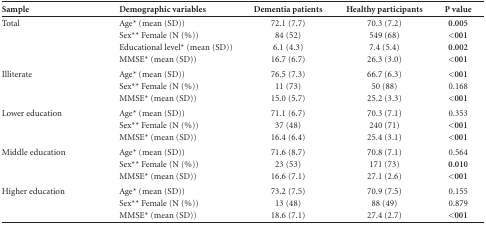
<table><thead><tr><td><b>Sample</b></td><td><b>Demographic variables</b></td><td><b>Dementia patients</b></td><td><b>Healthy participants</b></td><td><b>P value</b></td></tr></thead><tbody><tr><td>Total</td><td>Age* (mean(SD))</td><td>72.1 (7.7)</td><td>70.3 (7.2)</td><td>0.005</td></tr><tr><td> </td><td>Sex**Female (N (%))</td><td>84 (52)</td><td>549 (68)</td><td>&lt;001</td></tr><tr><td> </td><td>Educational level* (mean (SD))</td><td>6.1 (4.3)</td><td>7.4 (5.4)</td><td>0.002</td></tr><tr><td> </td><td>MMSE* (mean(SD))</td><td>16.7 (6.7)</td><td>26.3 (3.0)</td><td>&lt;001</td></tr><tr><td>Illiterate</td><td>Age* (mean(SD))</td><td>76.5 (7.3)</td><td>66.7 (6.3)</td><td>&lt;001</td></tr><tr><td> </td><td>Sex**Female (N (%))</td><td>11 (73)</td><td>50 (88)</td><td>0.168</td></tr><tr><td> </td><td>MMSE* (mean(SD))</td><td>15.0 (5.7)</td><td>25.2 (3.3)</td><td>&lt;001</td></tr><tr><td>Lower education</td><td>Age* (mean(SD))</td><td>71.1 (6.7)</td><td>70.3 (7.1)</td><td>0.353</td></tr><tr><td> </td><td>Sex**Female (N (%))</td><td>37 (48)</td><td>240 (71)</td><td>&lt;001</td></tr><tr><td> </td><td>MMSE* (mean(SD))</td><td>16.4 (6.4)</td><td>25.4 (3.1)</td><td>&lt;001</td></tr><tr><td>Middle education</td><td>Age* (mean(SD))</td><td>71.6 (8.7)</td><td>70.8 (7.1)</td><td>0.564</td></tr><tr><td> </td><td>Sex**Female (N (%))</td><td>23 (53)</td><td>171 (73)</td><td>0.010</td></tr><tr><td> </td><td>MMSE* (mean(SD))</td><td>16.6 (7.1)</td><td>27.1 (2.6)</td><td>&lt;001</td></tr><tr><td>Higher education</td><td>Age* (mean(SD))</td><td>73.2 (7.5)</td><td>70.9 (7.5)</td><td>0.155</td></tr><tr><td> </td><td>Sex**Female (N (%))</td><td>13 (48)</td><td>88 (49)</td><td>0.879</td></tr><tr><td> </td><td>MMSE* (mean(SD))</td><td>18.6 (7.1)</td><td>27.4 (2.7)</td><td>&lt;001</td></tr></tbody></table>